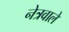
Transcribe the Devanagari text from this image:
नेत्रवाले